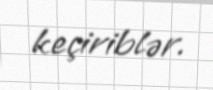
keçiriblər.